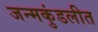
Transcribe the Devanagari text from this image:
जन्मकुंडलीत